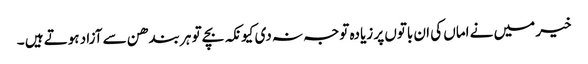
خیر میں نے اماں کی ان باتوں پر زیادہ توجہ نہ دی کیونکہ بچے تو ہر بندھن سے آزاد ہوتے ہیں ۔